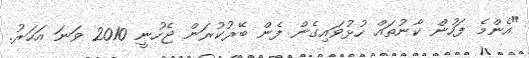
"އެންމެ ފަހުން ކާނުތައް ހުޅުވައިގެން ފެން ބޭރުކުރަން ޖެހުނީ 2010 ވަނަ އަހަރު.